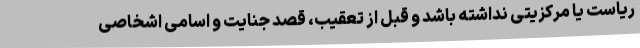
ریاست یا مرکزیتی نداشته ‌باشد و قبل از تعقیب، قصد جنایت و اسامی اشخاصی